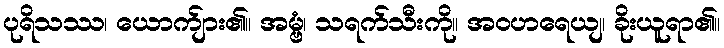
ပုရိသဿ၊ ယောက်ျား၏။ အမ္ဗံ၊ သရက်သီးကို။ အဝဟရေယျ၊ ခိုးယူရာ၏။